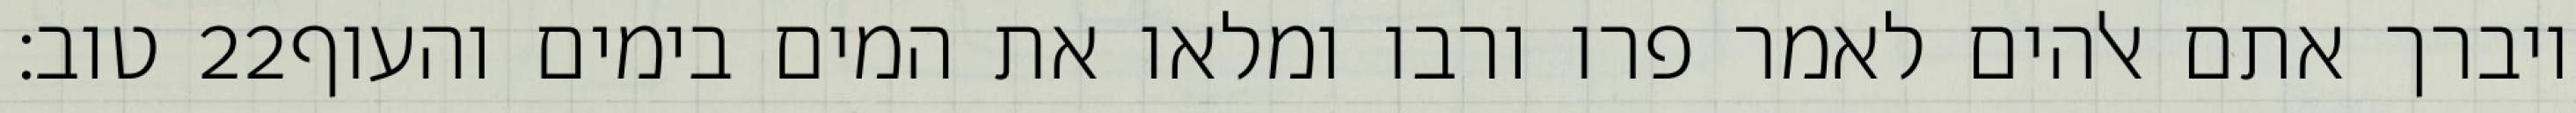
טוב׃ ‎22‏ ויברך אתם אלהים לאמר פרו ורבו ומלאו את המים בימים והעוף